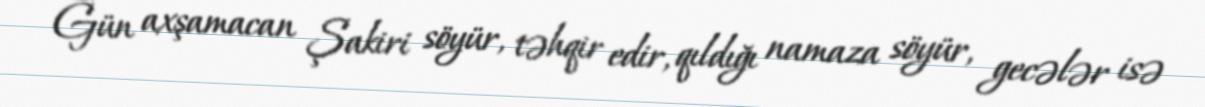
Gün axşamacan Şakiri söyür, təhqir edir, qıldığı namaza söyür, gecələr isə